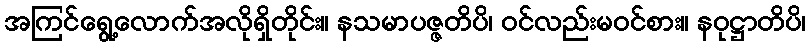
အကြင်ရွေ့လောက်အလိုရှိတိုင်း။ နသမာပဇ္ဇတိပိ၊ ဝင်လည်းမဝင်စား။ နဝုဋ္ဌာတိပိ၊